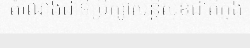
តំណែងជាទីប្រឹក្សាសន្តិសុខជាតិក្នុង